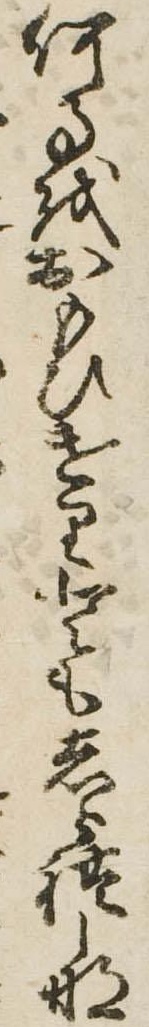
何事をおもひけりともしられしな